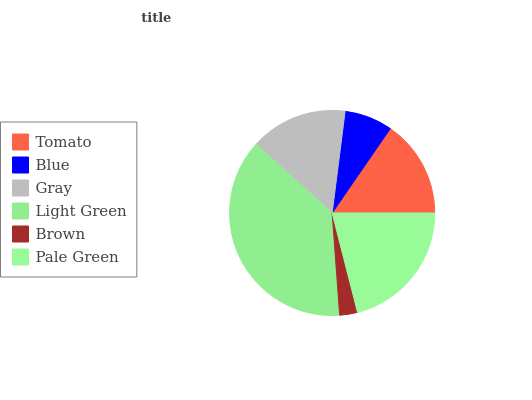
| Tomato | Blue | Gray | Light Green | Brown | Pale Green |
 | --- | --- | --- | --- | --- | --- |
 | 15.4% | 7.59% | 15.3% | 37.9% | 2.8% | 21% |